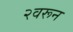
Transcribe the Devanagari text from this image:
२वरून